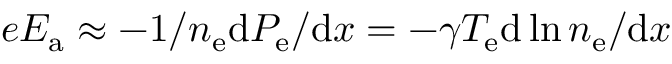
e E _ { \mathrm { a } } \approx - { 1 } / { n _ { \mathrm { e } } } { \mathrm { d } P _ { \mathrm { e } } } / { \mathrm { d } x } = - \gamma T _ { \mathrm { e } } { \mathrm { d } \ln n _ { \mathrm { e } } } / { \mathrm { d } x }